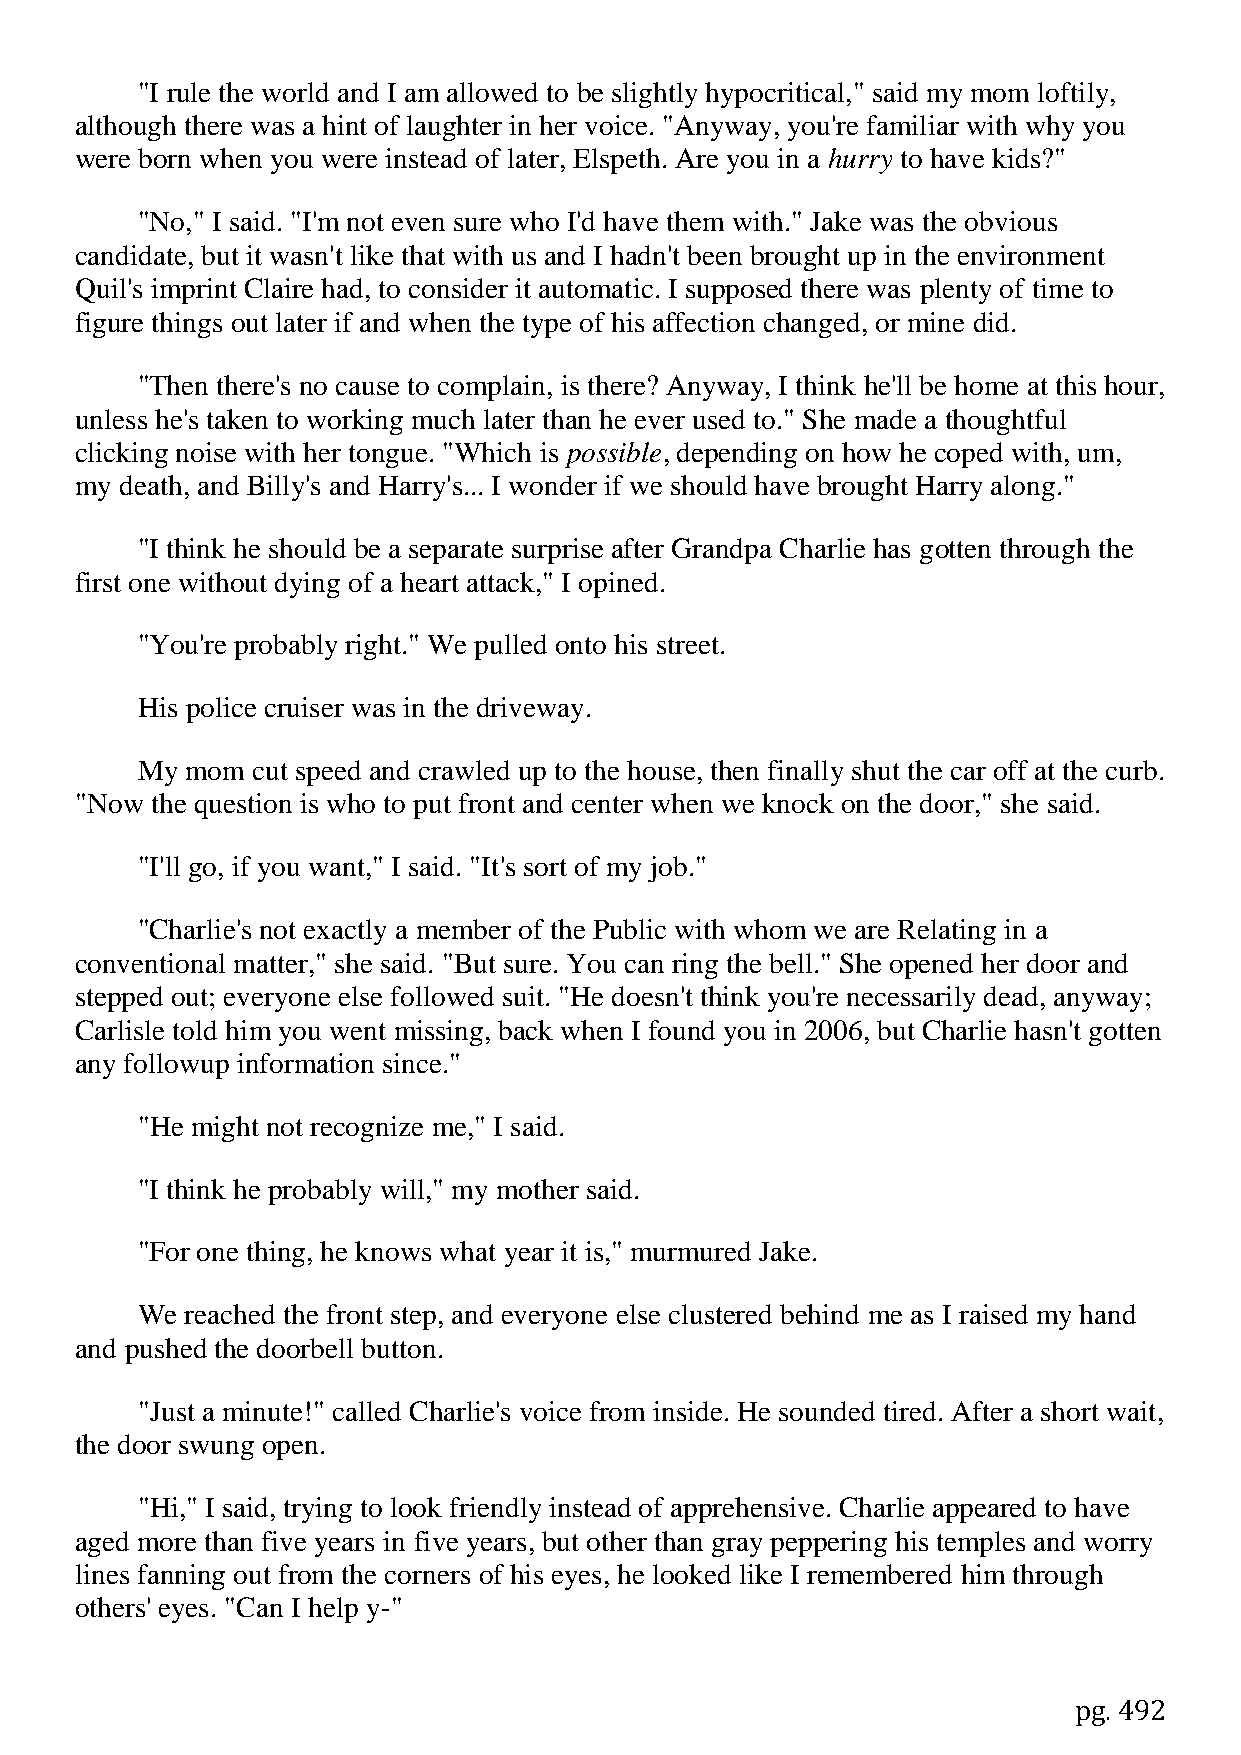
"I rule the world and I am allowed to be slightly hypocritical," said my mom loftily,
 although there was a hint of laughter in her voice. "Anyway, you're familiar with why you
 were born when you were instead of later, Elspeth. Are you in a hurry to have kids?"
 "No," I said. "I'm not even sure who I'd have them with." Jake was the obvious
 candidate, but it wasn't like that with us and I hadn't been brought up in the environment
 Quil's imprint Claire had, to consider it automatic. I supposed there was plenty of time to
 figure things out later if and when the type of his affection changed, or mine did.
 "Then there's no cause to complain, is there? Anyway, I think he'll be home at this hour,
 unless he's taken to working much later than he ever used to." She made a thoughtful
 clicking noise with her tongue. "Which is possible, depending on how he coped with, um,
 my death, and Billy's and Harry's... I wonder if we should have brought Harry along."
 "I think he should be a separate surprise after Grandpa Charlie has gotten through the
 first one without dying of a heart attack," I opined.
 "You're probably right." We pulled onto his street.
 His police cruiser was in the driveway.
 My mom  cut speed and crawled up to the house, then finally shut the car off at the curb.
 "Now the question is who to put front and center when we knock on the door," she said.
 "I'll go, if you want," I said. "It's sort of my job."
 "Charlie's not exactly a member of the Public with whom we are Relating in a
 conventional matter," she said. "But sure. You can ring the bell." She opened her door and
 stepped out; everyone else followed suit. "He doesn't think you're necessarily dead, anyway;
 Carlisle told him you went missing, back when I found you in 2006, but Charlie hasn't gotten
 any followup information since."
 "He might not recognize me," I said.
 "I think he probably will," my mother said.
 "For one thing, he knows what year it is," murmured Jake.
 We reached the front step, and everyone else clustered behind me as I raised my hand
 and pushed the doorbell button.
 "Just a minute!" called Charlie's voice from inside. He sounded tired. After a short wait,
 the door swung open.
 "Hi," I said, trying to look friendly instead of apprehensive. Charlie appeared to have
 aged more than five years in five years, but other than gray peppering his temples and worry
 lines fanning out from the corners of his eyes, he looked like I remembered him through
 others' eyes. "Can I help y-"
 pg. 492